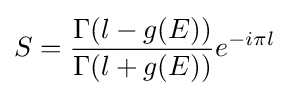
S={\frac {\Gamma (l-g(E))}{\Gamma (l+g(E))}}e^{-i\pi l}